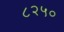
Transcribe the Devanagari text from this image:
८२५०